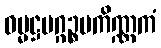
ဓမ္မဋ္ဌမဂ္ဂဉ္စပကိဏ္ဏကံ